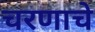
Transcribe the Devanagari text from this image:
चरणाचे